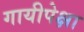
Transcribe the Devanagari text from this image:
गायीपेक्षा